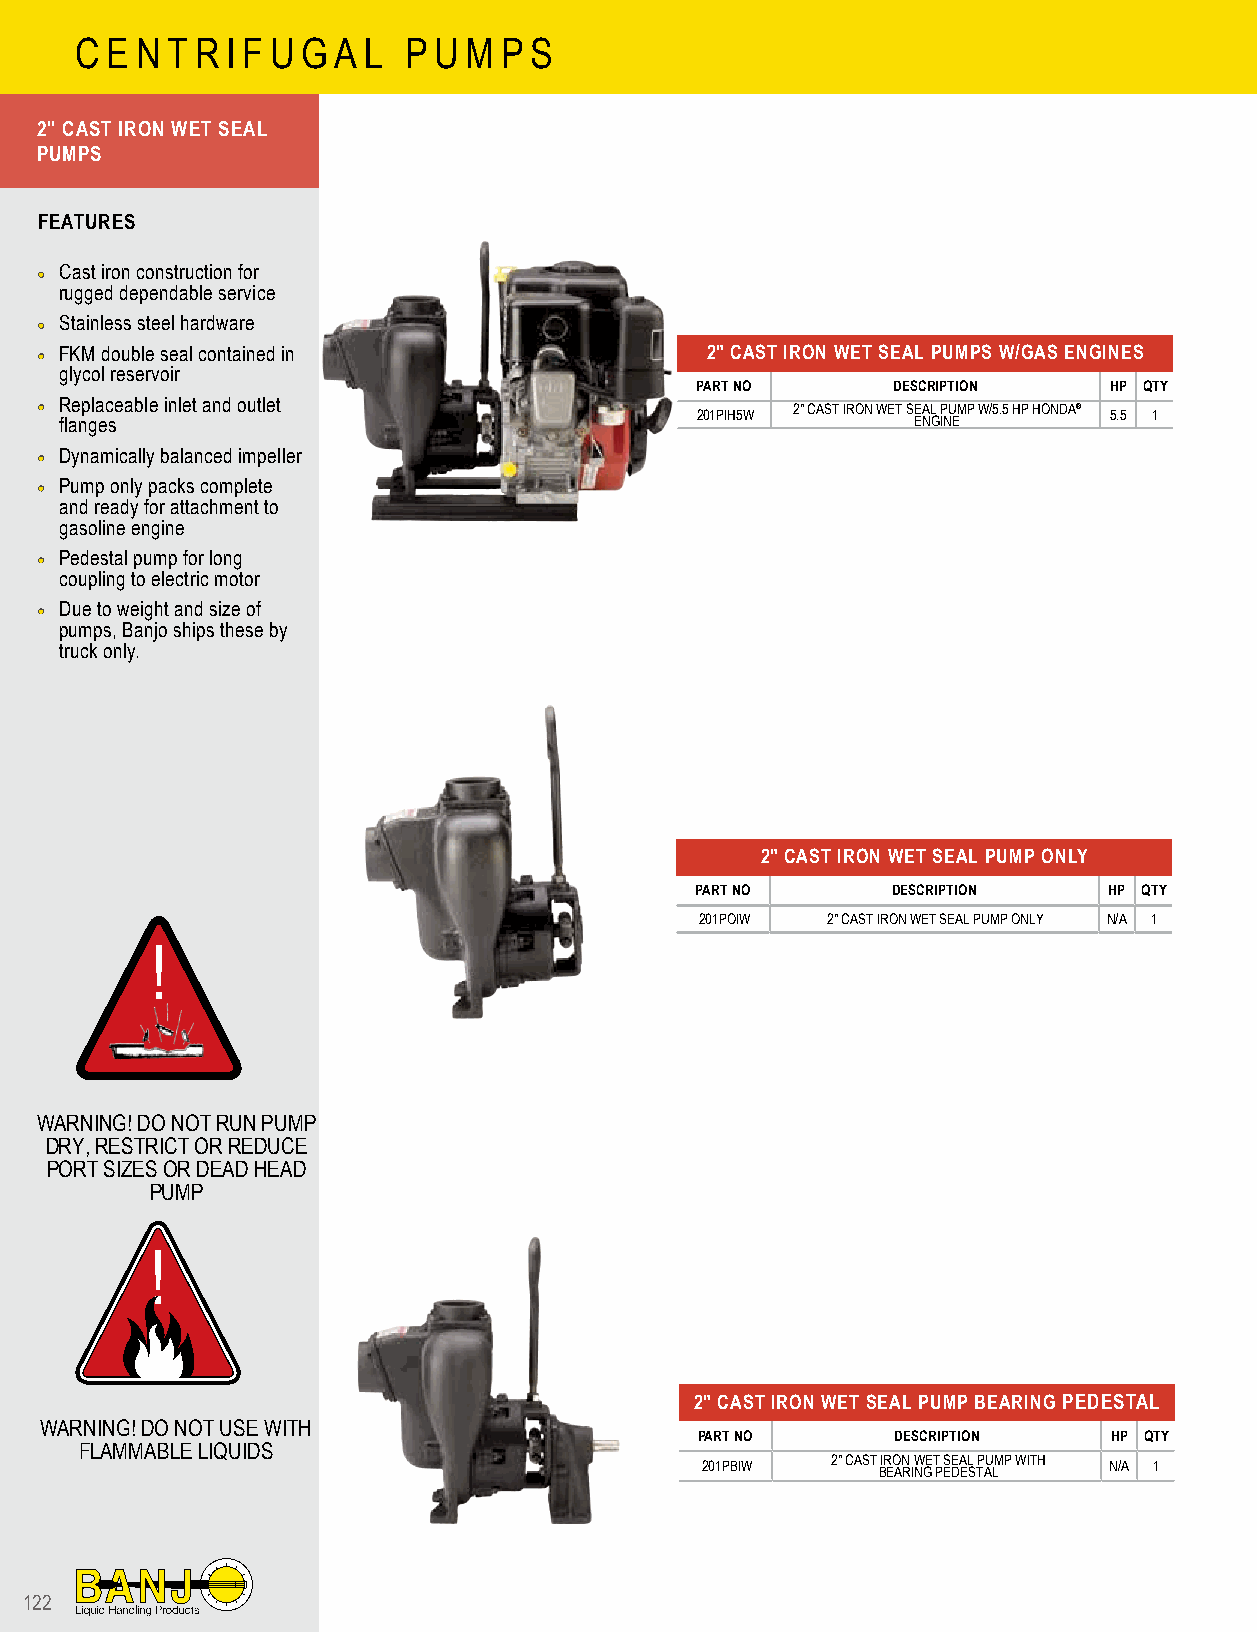
C E N T R I F U G A L P U M P S
 2" CAST IRON WET SEAL
 PUMPS
 FEATURES
 •• Cast iron construction for
 rugged dependable service
 •• Stainless steel hardware
 •• FKM double seal contained in             2" CAST IRON WET SEAL PUMPS W/GAS ENGINES
 glycol reservoir
 PART NO      DESCRIPTION   HP QTY
 •• Replaceable inlet and outlet
 201PIH5W
 2" CAST IRON WET SEAL PUMP W/5.5 HP HONDA®
 5.5 1
 flanges                                                 ENGINE
 •• Dynamically balanced impeller
 •• Pump only packs complete
 and ready for attachment to
 gasoline engine
 •• Pedestal pump for long
 coupling to electric motor
 •• Due to weight and size of
 pumps, Banjo ships these by
 truck only.
 2" CAST IRON WET SEAL PUMP ONLY
 PART NO      DESCRIPTION   HP QTY
 201POIW  2" CAST IRON WET SEAL PUMP ONLY N/A 1
 !
 WARNING! DO NOT RUN PUMP
 DRY, RESTRICT OR REDUCE
 PORT SIZES OR DEAD HEAD
 PUMP
 !
 2" CAST IRON WET SEAL PUMP BEARING PEDESTAL
 WARNING! DO NOT USE WITH
 PART NO      DESCRIPTION    HP QTY
 FLAMMABLE LIQUIDS
 201PBIW  2" CAST BIR EO AN R IW NGE T P S EE DA EL S TP AU LMP WITH N/A 1
 122